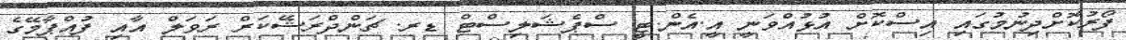
ފޯރުކޮށްދިނުމުގައި އިސްކޮށް އުޅުއްވަނީ އީ.އެން.ޓީ ސްޕެޝަލިސްޓް ޑރ. ޗަންދްރަޝޭކަރް ރަވަލް އާއި ފުއްޕާމޭގެ